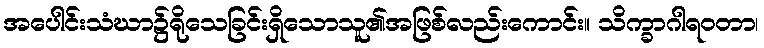
အပေါင်းသံဃာ၌ရိုသေခြင်းရှိသောသူ၏အဖြစ်လည်းကောင်း။ သိက္ခာဂါရဝတာ၊